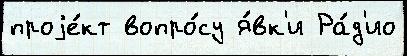
проjе́кт вопро́су я́вк'и Ра́д'ио